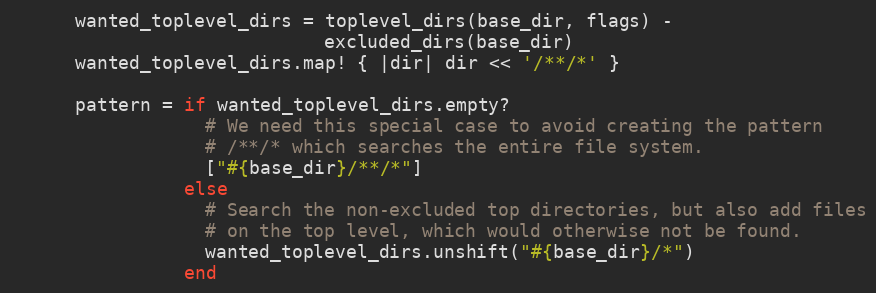
Language: Ruby
      wanted_toplevel_dirs = toplevel_dirs(base_dir, flags) -
                             excluded_dirs(base_dir)
      wanted_toplevel_dirs.map! { |dir| dir << '/**/*' }

      pattern = if wanted_toplevel_dirs.empty?
                  # We need this special case to avoid creating the pattern
                  # /**/* which searches the entire file system.
                  ["#{base_dir}/**/*"]
                else
                  # Search the non-excluded top directories, but also add files
                  # on the top level, which would otherwise not be found.
                  wanted_toplevel_dirs.unshift("#{base_dir}/*")
                end